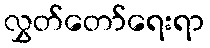
လွှတ်တော်ရေးရာ